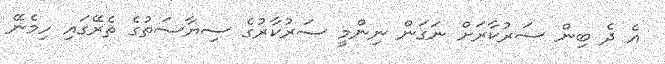
އެ ދެ ބިން ސަރުކާރަށް ނަގަން ނިންމީ ސަރުކާރުގެ ސިޔާސަތުގެ ތެރޭގައި ހިމެނޭ